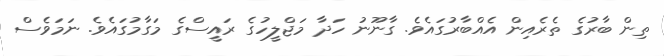
ތިން ބާރުގެ ތެރެއިން އެއްބާރުގައެވެ. ގާނޫނު ހަދާ މަޖްލީހުގެ ރައީސްގެ މަގާމުގައެވެ. ނަމަވެސް